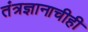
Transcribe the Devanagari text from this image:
तंत्रज्ञानाचीही